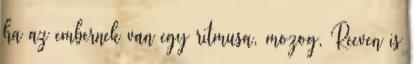
ha az embernek van egy ritmusa, mozog, Reeven is